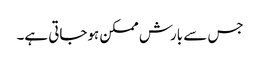
جس سے بارش ممکن ہوجاتی ہے۔